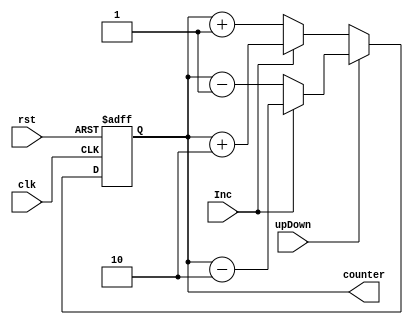
`timescale 1ns / 1ps
//////////////////////////////////////////////////////////////////////////////////
// Company: 
// Engineer: 
// 
// Design Name: 
// Module Name: bitcount
// Project Name: 
// Target Devices: 
// Tool Versions: 
// Description: 
// 
// Dependencies: 
// 
// Revision:
// Revision 0.01 - File Created
// Additional Comments:
// 
//////////////////////////////////////////////////////////////////////////////////


module bitcount #(parameter n=2)(input upDown , Inc,clk , rst , output reg [n-1:0] counter);
always @(posedge clk, posedge rst) begin
 if (rst == 1)begin 
 counter <= 3'd0; // non blocking assignment
 end
 else begin
    if (upDown ==0 ) begin 
            if(Inc==0)begin 
                    counter <= counter + 1; // non blocking assignment
                     end
            else begin
                    counter <= counter + 2;
                      end
    end
    else begin 
        if(Inc==0)begin 
                counter <= counter - 1; // non blocking assignment
        end
        else begin
                counter <= counter - 2;
        end
    end
end
end
endmodule



/*module bitcount (input clk  ,rst, output reg[0:1] counter);
always @(posedge clk, posedge rst) begin
if(rst==1) counter<=0;
      else
      counter <= counter + 1; // non blocking assignment
end
endmodule*/